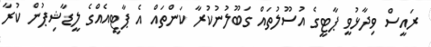
ރައީސް ވިދާޅުވީ ޕާޓީގެ އުސޫލުތައް ގަބޫލުނުކުރާ ކަންތައް އެ ޕާޓީއެއްގެ ލީޑާޝިޕުން ކުރާ